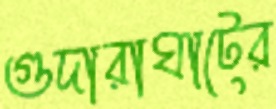
গুদারাঘাটের